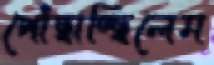
পোঁছাচ্ছিলেম